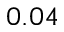
0 . 0 4